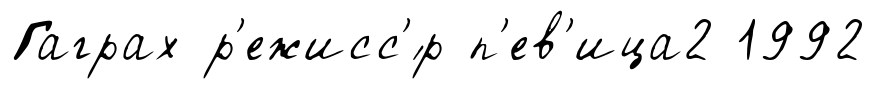
Гаграх р'ежисс'́р п'ев'ица2 1992